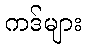
ကဒ်များ